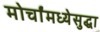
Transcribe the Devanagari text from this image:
मोर्चांमध्येसुद्धा